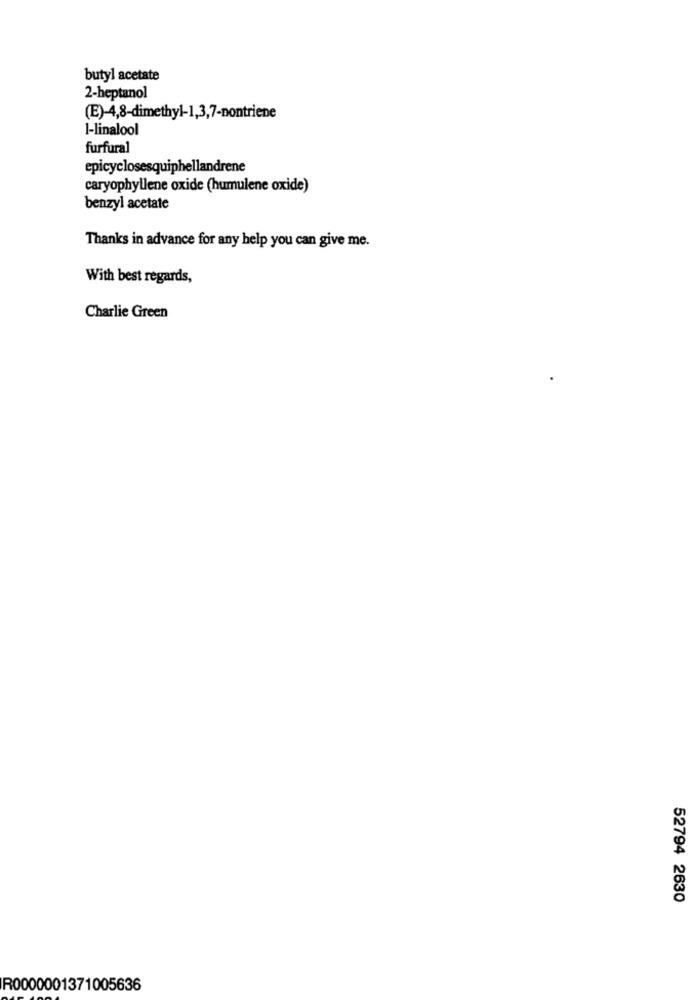
butyl acetate
2-heptanol
(E)-4,8-dimethyl-1,3,7-nontriene
1-linalool
furfural
epicyclosesquiphellandrene
caryophyllene oxide (humulene oxide)
benzyl acetate
Thanks in advance for any help you can give me.
With best regards,
Charlie Green
52794 2630
R0000001371005636